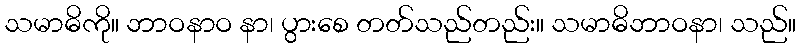
သမာဓိကို။ ဘာဝနာဝ နာ၊ ပွားစေ တတ်သည်တည်း။ သမာဓိဘာဝနာ၊ သည်။